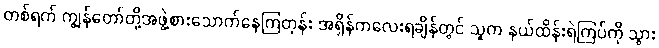
တစ်ရက် ကျွန်တော်တို့အဖွဲ့စားသောက်နေကြတုန်း အရှိန်ကလေးရချိန်တွင် သူက နယ်ထိန်းရဲကြပ်ကို သွား